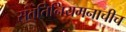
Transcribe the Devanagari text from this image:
संततिनियमनाचीच